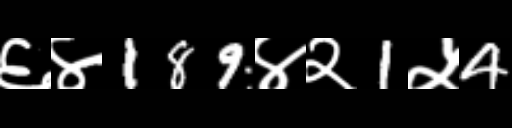
Text: ६४189४२1५4